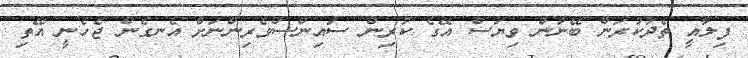
ފިލާއީ ތެދުކުރަން ބޭނުން ވިޔަސް އޭގެ ކުރިން ސައިންސްވެރިންނަށް އެނގެން ޖެހެނީ އޭތި